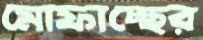
মোফাচ্ছের